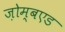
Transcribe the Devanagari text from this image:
ज़ोम्बएड